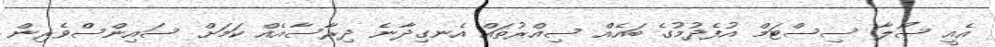
އެއީ ސޯލާ ސިސްޓަމް އުފެދުމުގެ ބައެއް ސިއްރުތައް އެނގިދާނެ ދިރާސާއެއް ކަމަށް ސައިންސްވެރިން